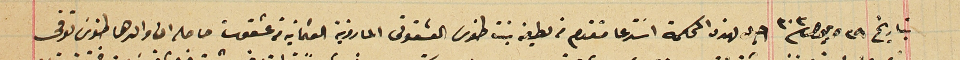
بتاريخ ٢٩ ايلول ٣٠٣ احيل لهذه المحكمة استدعا متقدم من لطيفه بنت طنوس العشقوتى المارونية العثمانية من عشقوت حاصله ان والدها طنوسَ توفى